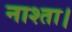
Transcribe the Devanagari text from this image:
नाश्ता।